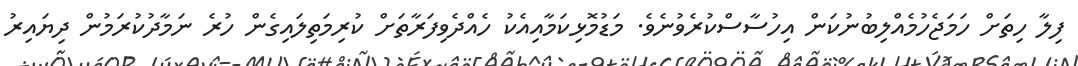
ފިލާ ހިތަށް ހަމަޖެހުމެއްލިބުނުކަން އިހުސާސްކުރެވުނެވެ. މަޑުމޮޅިކަމާއިއެކު ހެއްދެވިފަރާތަށް ކުރިމަތިލައިގެން ހުރެ ނަމާދުކުރަމުން ދިޔައިރު